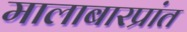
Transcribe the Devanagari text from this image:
मालाबारप्रांत